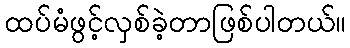
ထပ်မံဖွင့်လှစ်ခဲ့တာဖြစ်ပါတယ်။